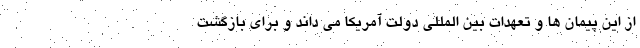
از این پیمان ها و تعهدات بین المللی دولت آمریکا می داند و برای بازگشت